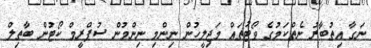
ނަގާ އިތުބާރު ނެތްކަމުގެ ވޯޓުތައް މަޖިލީހުން ނިންމި ނިންމުން ސުޕްރީމް ކޯޓުން ބާތިލް